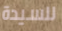
للسيدة